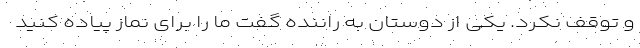
و توقف نکرد. یکی از دوستان به راننده گفت ما را برای نماز پیاده کنید